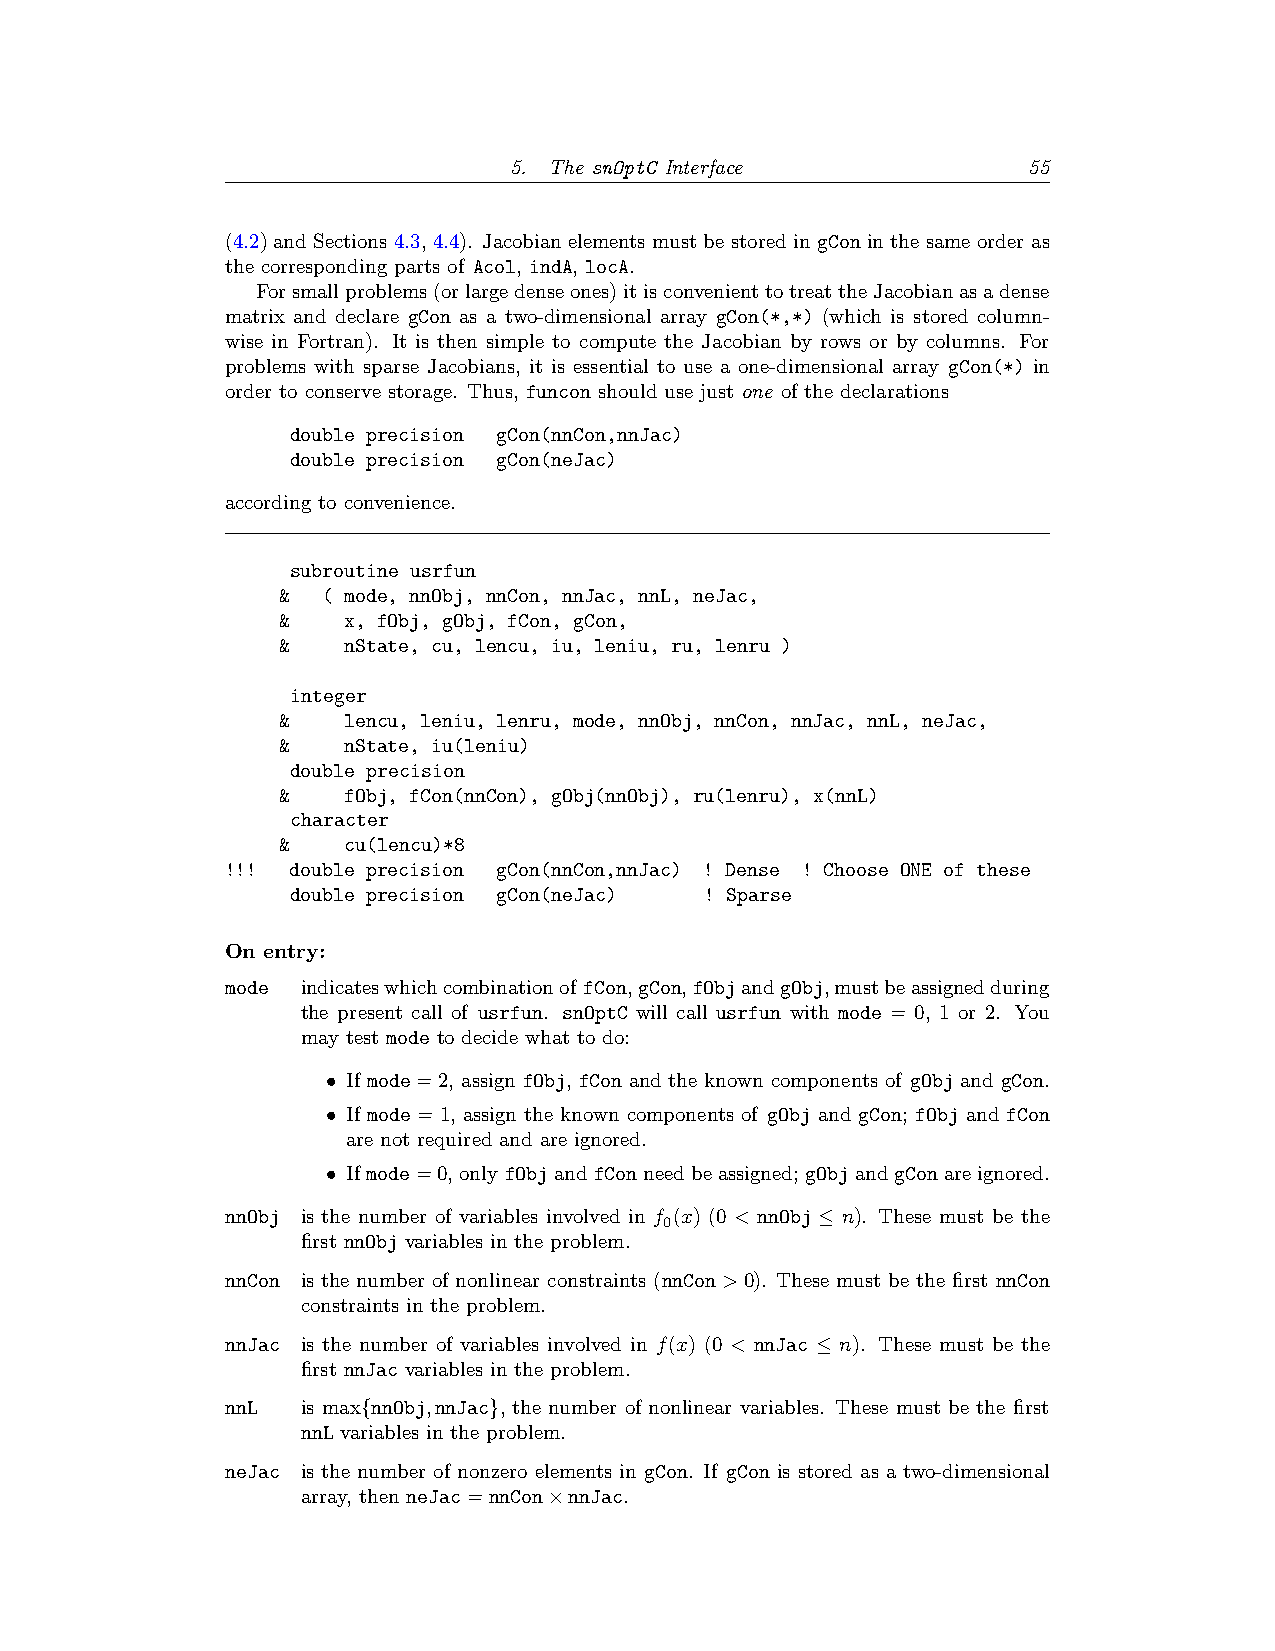
5. The snOptC Interface           55
 (4.2) and Sections 4.3, 4.4). Jacobian elements must be stored in gCon in the same order as
 the corresponding parts of Acol, indA, locA.
 Forsmallproblems(orlargedenseones)itisconvenienttotreattheJacobianasadense
 matrix and declare gCon as a two-dimensional array gCon(*,*) (which is stored column-
 wise in Fortran). It is then simple to compute the Jacobian by rows or by columns. For
 problems with sparse Jacobians, it is essential to use a one-dimensional array gCon(*) in
 order to conserve storage. Thus, funcon should use just one of the declarations
 double precision gCon(nnCon,nnJac)
 double precision gCon(neJac)
 according to convenience.
 subroutine usrfun
 & ( mode, nnObj, nnCon, nnJac, nnL, neJac,
 &   x, fObj, gObj, fCon, gCon,
 &   nState, cu, lencu, iu, leniu, ru, lenru )
 integer
 &   lencu, leniu, lenru, mode, nnObj, nnCon, nnJac, nnL, neJac,
 &   nState, iu(leniu)
 double precision
 &   fObj, fCon(nnCon), gObj(nnObj), ru(lenru), x(nnL)
 character
 &   cu(lencu)*8
 !!! double precision gCon(nnCon,nnJac) ! Dense ! Choose ONE of these
 double precision gCon(neJac) ! Sparse
 On entry:
 mode indicateswhichcombinationof fCon,gCon,fObjandgObj,mustbeassignedduring
 the present call of usrfun. snOptC will call usrfun with mode = 0, 1 or 2. You
 may test mode to decide what to do:
 • If mode=2, assign fObj, fCon and the known components of gObj and gCon.
 • If mode=1, assign the known components of gObj and gCon; fObj and fCon
 are not required and are ignored.
 • Ifmode=0,onlyfObjandfConneedbeassigned; gObjandgConareignored.
 nnObj is the number of variables involved in f (x) (0 < nnObj ≤ n). These must be the
 0
 first nnObj variables in the problem.
 nnCon is the number of nonlinear constraints (nnCon>0). These must be the first nnCon
 constraints in the problem.
 nnJac is the number of variables involved in f(x) (0 < nnJac ≤ n). These must be the
 first nnJac variables in the problem.
 nnL  is max{nnObj,nnJac}, the number of nonlinear variables. These must be the first
 nnL variables in the problem.
 neJac is the number of nonzero elements in gCon. If gCon is stored as a two-dimensional
 array, then neJac=nnCon×nnJac.